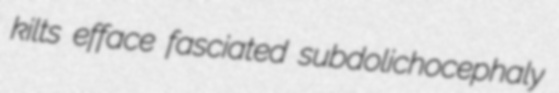
kilts efface fasciated subdolichocephaly